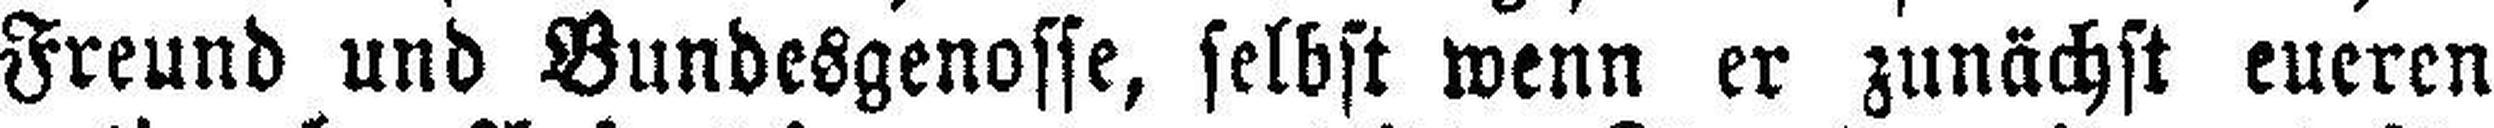
Freund und Bundesgenosse, selbst wenn er zunächst eueren